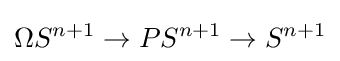
\Omega S^{n+1}\to PS^{n+1}\to S^{n+1}